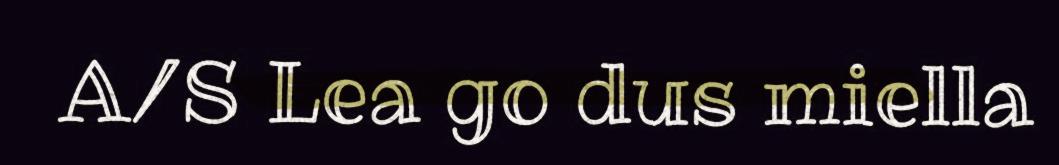
A/S Lea go dus miella